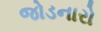
જોડનારો